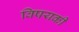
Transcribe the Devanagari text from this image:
विषयकी